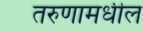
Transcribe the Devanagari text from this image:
तरुणामधील